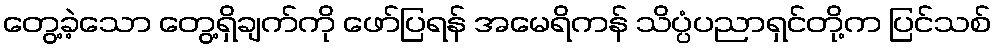
တွေ့ခဲ့သော တွေ့ရှိချက်ကို ဖော်ပြရန် အမေရိကန် သိပ္ပံပညာရှင်တို့က ပြင်သစ်